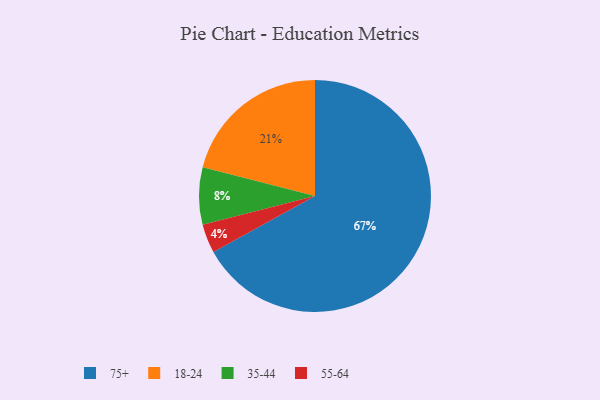
{"axis": {"x": "Category", "y": "Percentage"}, "legend": ["18-24", "35-44", "55-64", "75+"], "data": [{"x": "75+", "y": 67, "type": "75+"}, {"x": "35-44", "y": 8, "type": "35-44"}, {"x": "18-24", "y": 21, "type": "18-24"}, {"x": "55-64", "y": 4, "type": "55-64"}]}